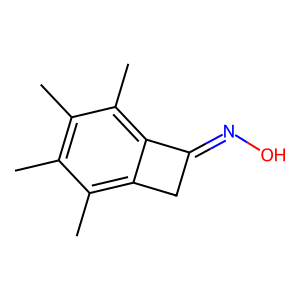
SMILES: Cc1c(C)c(C)c2c(c1C)CC2=NO
Inhibits HIV replication: No